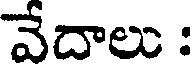
వేదాలు :